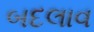
બદલાવ